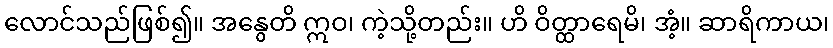
လောင်သည်ဖြစ်၍။ အနွေတိ ဣဝ၊ ကဲ့သို့တည်း။ ဟိ ဝိတ္ထာရေမိ၊ အံ့။ ဆာရိကာယ၊